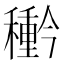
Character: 𮃲